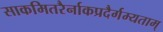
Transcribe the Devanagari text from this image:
साकमितरैर्नाकप्रदैर्गम्यताम्